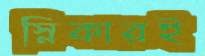
স্নিকারই